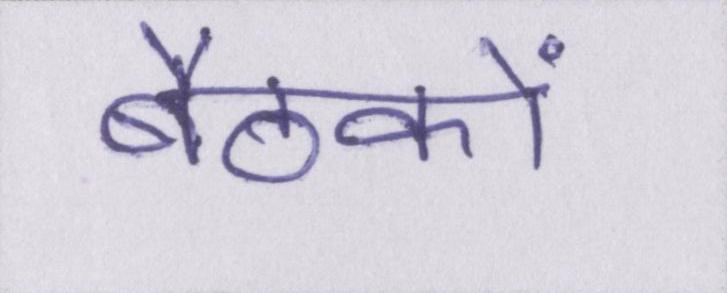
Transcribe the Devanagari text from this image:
बैठकों